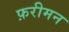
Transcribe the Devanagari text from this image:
फ़रीमन